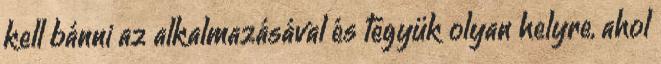
kell bánni az alkalmazásával és tegyük olyan helyre, ahol